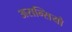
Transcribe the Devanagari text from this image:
अरान्सियो